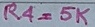
Text: R4=5K